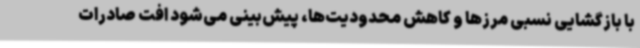
با بازگشایی نسبی مرزها و کاهش محدودیت‌ها، پیش‌بینی می‌شود افت صادرات